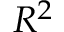
R ^ { 2 }